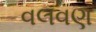
વલવણ